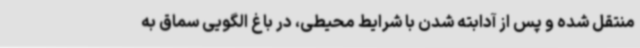
منتقل شده و پس از آدابته شدن با شرایط محیطی، در باغ الگویی سماق به